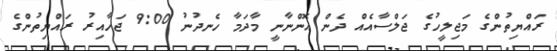
ރައްޔިތުންގެ މަޖިލީހުގެ ޖަލްސާއެއް ދެން އޮންނާނީ މާދަމާ ހެނދުނު 9:00 ޖަހާއިރު ރައްޔިތުންގެ